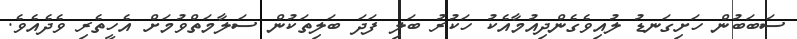
ސަބަބުން ހަށިގަނޑު ލުއިވެގެންދިއުމާއެކު ހަކުރު ބަލި ފަދަ ބަލިތަކުން ސަލާމަތްވުމަށް އެހީތެރި ވެދެއެވެ.